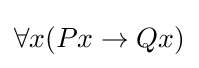
\forall {x}(P{x}\to Q{x})